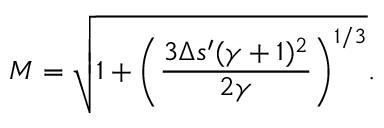
M = \sqrt { 1 + \left( \frac { 3 \Delta s ^ { \prime } ( \gamma + 1 ) ^ { 2 } } { 2 \gamma } \right) ^ { 1 / 3 } } .